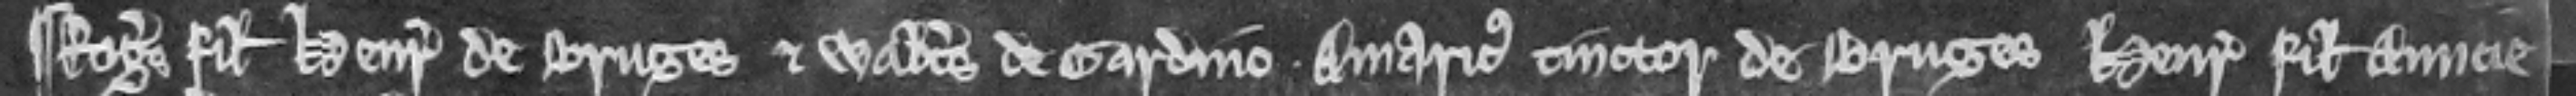
¶ Rogerus filius Henrici de Bruges et Walterus de Gardino. Amaricus tinctor de Bruges Henricus filius Amicie